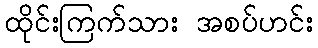
ထိုင်းကြက်သား အစပ်ဟင်း